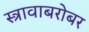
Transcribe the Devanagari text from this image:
स्त्रावाबरोबर